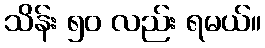
သိန်း ၅၀ လည်း ရမယ်။